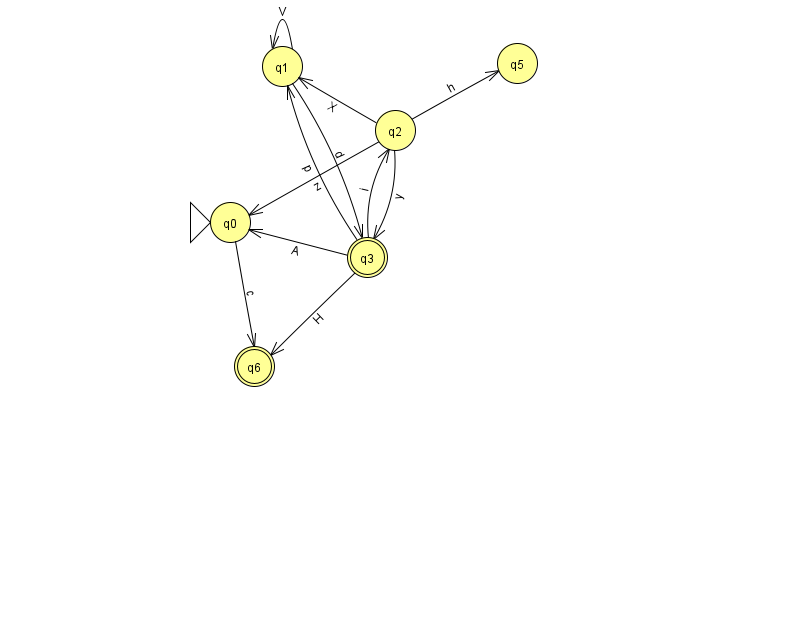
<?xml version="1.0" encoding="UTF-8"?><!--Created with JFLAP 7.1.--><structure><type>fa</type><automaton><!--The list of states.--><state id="0" name="q0"><x>230.0</x><y>209.0</y><initial/></state><state id="1" name="q1"><x>282.0</x><y>53.0</y></state><state id="2" name="q2"><x>395.0</x><y>117.0</y></state><state id="3" name="q3"><x>367.0</x><y>244.0</y><final/></state><state id="5" name="q5"><x>517.0</x><y>50.0</y></state><state id="6" name="q6"><x>254.0</x><y>353.0</y><final/></state><!--The list of transitions.--><transition><from>0</from><to>6</to><read>c</read></transition><transition><from>2</from><to>1</to><read>X</read></transition><transition><from>1</from><to>1</to><read>V</read></transition><transition><from>3</from><to>0</to><read>A</read></transition><transition><from>3</from><to>1</to><read>p</read></transition><transition><from>2</from><to>3</to><read>y</read></transition><transition><from>3</from><to>2</to><read>i</read></transition><transition><from>2</from><to>5</to><read>h</read></transition><transition><from>1</from><to>3</to><read>d</read></transition><transition><from>3</from><to>6</to><read>H</read></transition><transition><from>2</from><to>0</to><read>z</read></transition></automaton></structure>